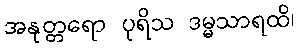
အနုတ္တရော ပုရိသ ဒမ္မသာရထိ၊